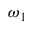
\omega _ { 1 }